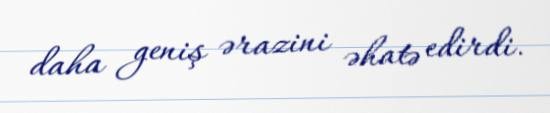
daha geniş ərazini əhatə edirdi.